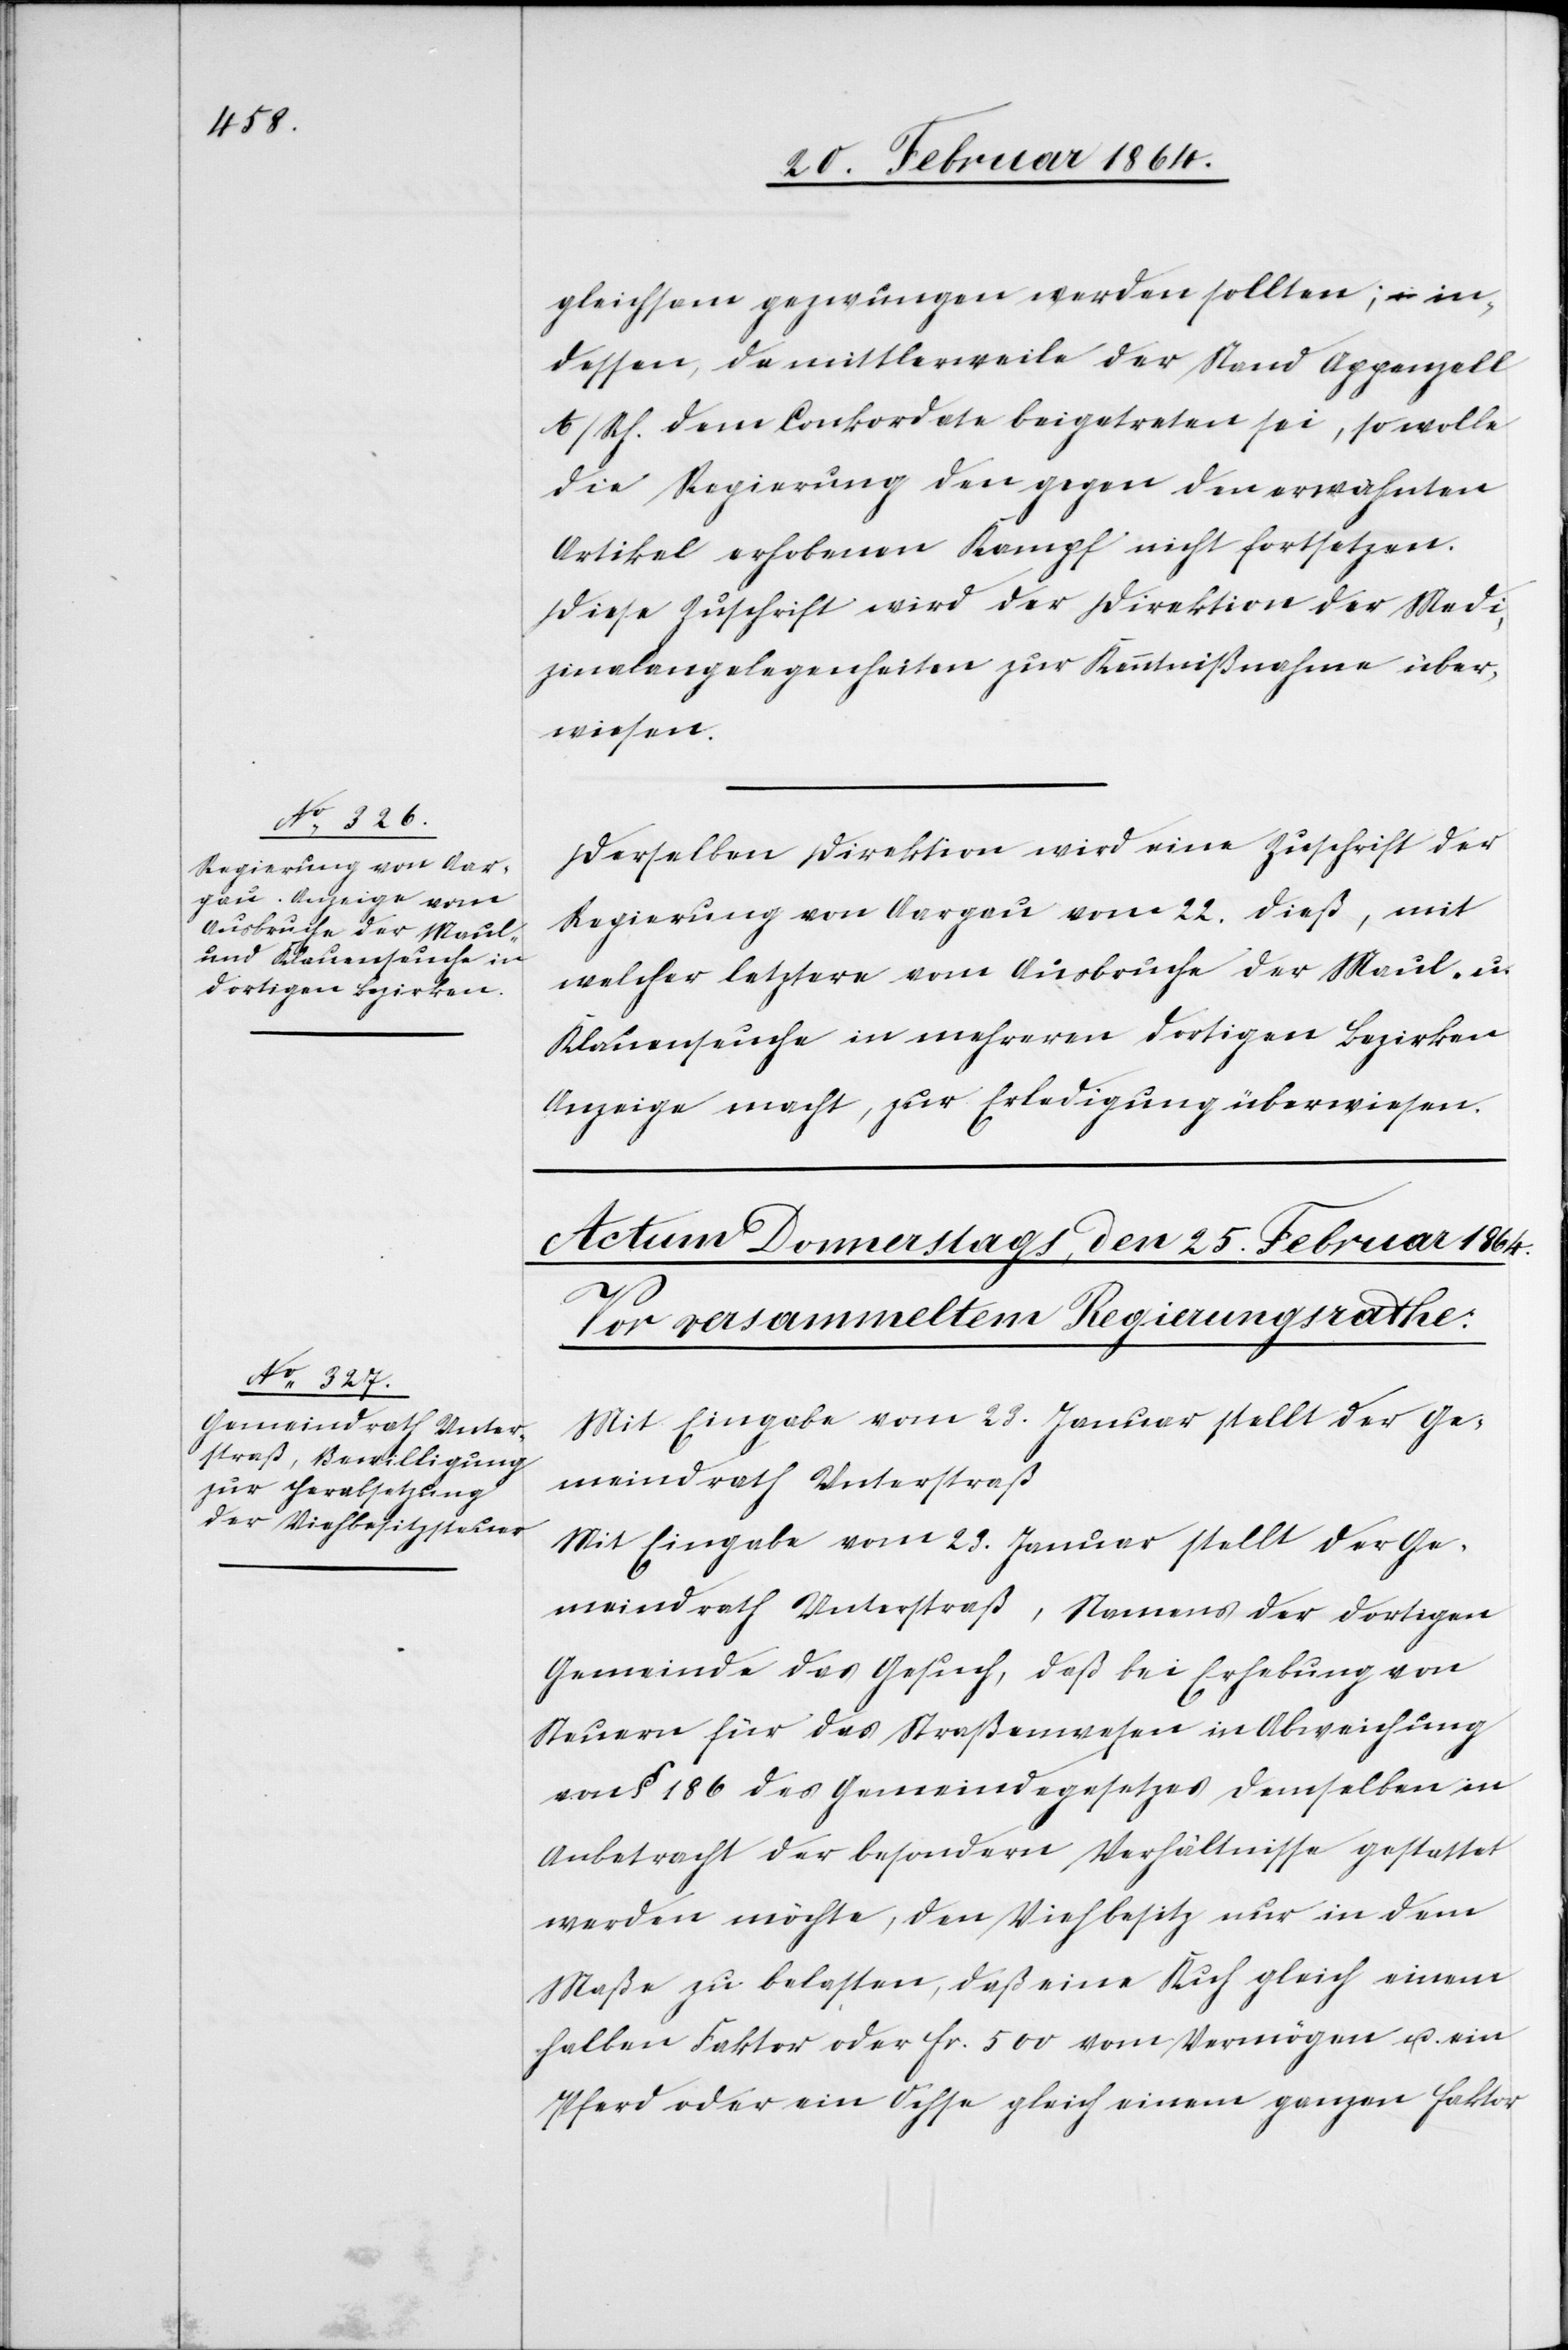
24. Februar 1864.]
gleichsam gezwungen werden sollten; in¬
dessen, da mittlerweile der Stand Appenzell
A/Rh. dem Conkordate beigetreten sei, so wolle
die Regierung den gegen den erwähnten
Artikel erhobenen Kampf nicht fortsetzen.
Diese Zuschrift wird der Direktion der Medi¬
zinalangelegenheiten zur Kenntnißnahme über¬
wiesen.
Derselben Direktion wird eine Zuschrift der
Regierung von Aargau vom 22. dieß, mit
welcher letztere vom Ausbruche der Maul- u.
Klauenseuche in mehreren dortigen Bezirken
Anzeige macht, zur Erledigung überwiesen.
Mit Eingabe vom 23. Januar stellt der Ge¬
meindrath Unterstraß, Namens der dortigen
Gemeinde das Gesuch, daß bei Erhebung von
Steuern für das Straßenwesen in Abweichung
von § 186 des Gemeindegesetzes demselben in
Anbetracht der besondern Verhältnisse gestattet
werden möchte, den Viehbesitz nur in dem
Maße zu belasten, daß eine Kuh gleich einem
halben Faktor oder fr. 500 vom Vermögen u. ein
Pferd oder ein Ochse gleich einem ganzen faktor